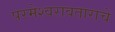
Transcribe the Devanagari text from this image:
परमेश्वरावताराचे